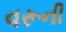
વરૂની